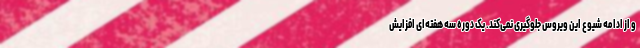
و از ادامه شیوع این ویروس جلوگیری نمی‌کند. یک دوره سه هفته‌ای افزایش